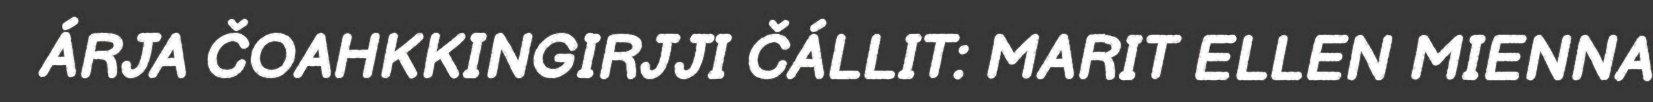
ÁRJA ČOAHKKINGIRJJI ČÁLLIT: MARIT ELLEN MIENNA